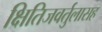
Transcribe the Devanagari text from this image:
क्षितिजवर्तुलासह